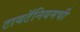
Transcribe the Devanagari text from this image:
टायटॅनियमची